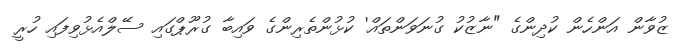
ޒުވާން އަންހެން ކުދިންގެ "ނާޒުކު ގުނަވަންތައް' ކުޅުންތެރިންގެ ވައިބާ ގުރޫޕްގައި ސޭލްއެޅުވިފައި ހުރީ